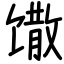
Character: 馓